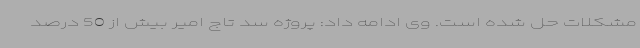
مشکلات حل شده است. وی ادامه داد: پروژه سد تاج امیر بیش از 50 درصد